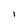
Character: 1